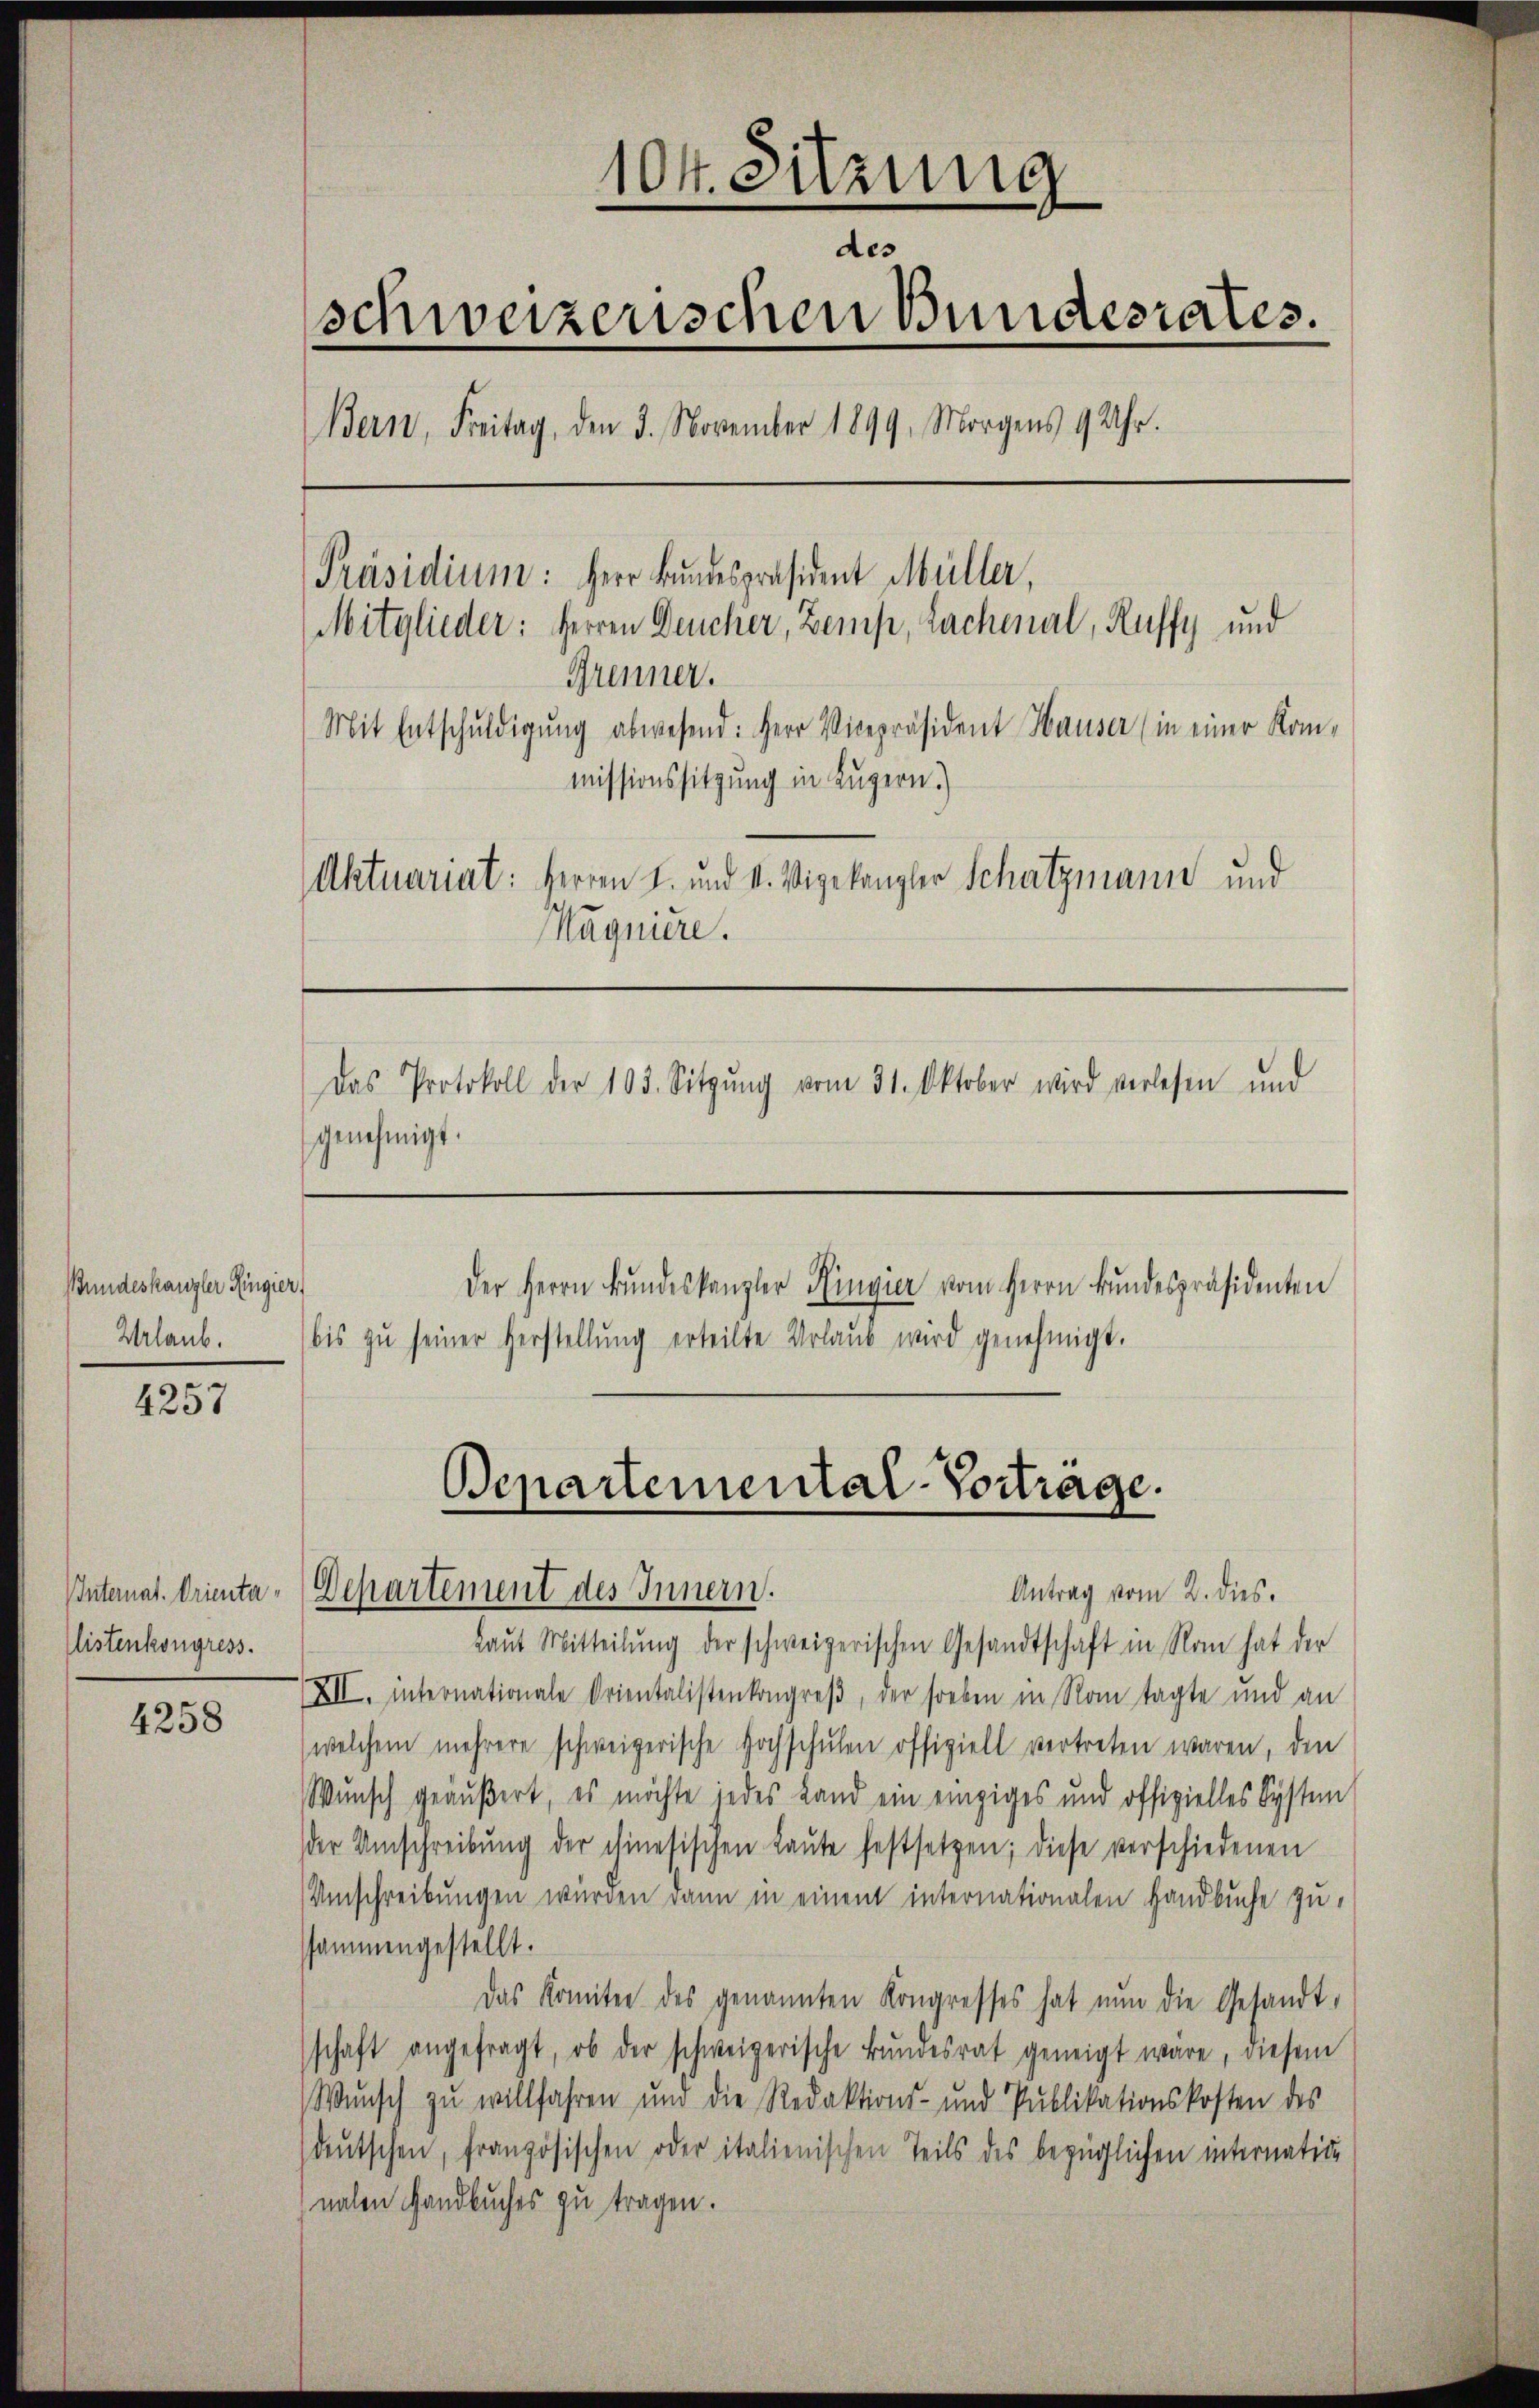
Bundeskanzler Ringier
Urlaub.

4257

Internat. Orientalistenkongress.

4258

104. Sitzung
des
schweizerischen Bundesrates.
Bern, Freitag, den 3. November 1899. Morgens 9 Uhr.
Präsidium: Herr Bundespräsident Müller,
Mitglieder: Herren Deucher, Zemp, Lachenal, Ruffy und
Grenner.
Mit Entschuldigung abwesend: Herr Vicepräsident Hauser (in einer Kom-
missionssitzung in Luzern)
Aktuariat: Herren I. und v. Vigekanzler Schatzmann und
Magniere.
Das Protokoll der 103. Sitzŭng vom 31. Oktober wird verlesen und
genehmigt.
Der Herrn Bŭndeskanzler Ringier vom Herrn Bŭndespräsidenten
bis zŭ seiner Herstellŭng erteilte Urlaub wird genehmigt.

Laŭt Mitteilŭng der schweizerischen Gesandtschaft in Nam hat der
XII. internationale Orientalistenkongreβ, der soeben in Rom tagte und an
(welchem mehrere schweizerische Hochschŭlen offiziell vertreten waren, den
Wunsch geäußert, es möchte jedes Land ein einziges und offizielles System
der Umschreibŭng der chinesischen Laŭte festsetzen; diese verschiedenen
Umschreibungen wurden dann in einem internationalen Handbuche zu
ssammengestellt.
Das Komitee des genannten Kongresses hat nŭn die Gesandt-
schaft angefragt, ob der schweizerische Bŭndesrat geneigt wäre, diesem
Wunsch zu willfahren und die Redaktions- und Publikationskosten des
deutschen, französischen oder italienischen Teils des bezüglichen internative
nalen Handbuches zu tragen.

Bepartemental-Vortrage.
Departement des Innern.
Antrag vom 2. dies.